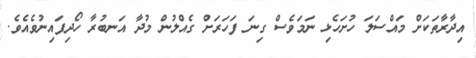
އިދާރާތަކަށް މައްސަލަ ހުށަހެޅި ނަމަވެސް ގިނަ ފަހަރަށް ގެއްލުން މުދާ އަނބުރާ ހޯދިފައިނުވެއެވެ.